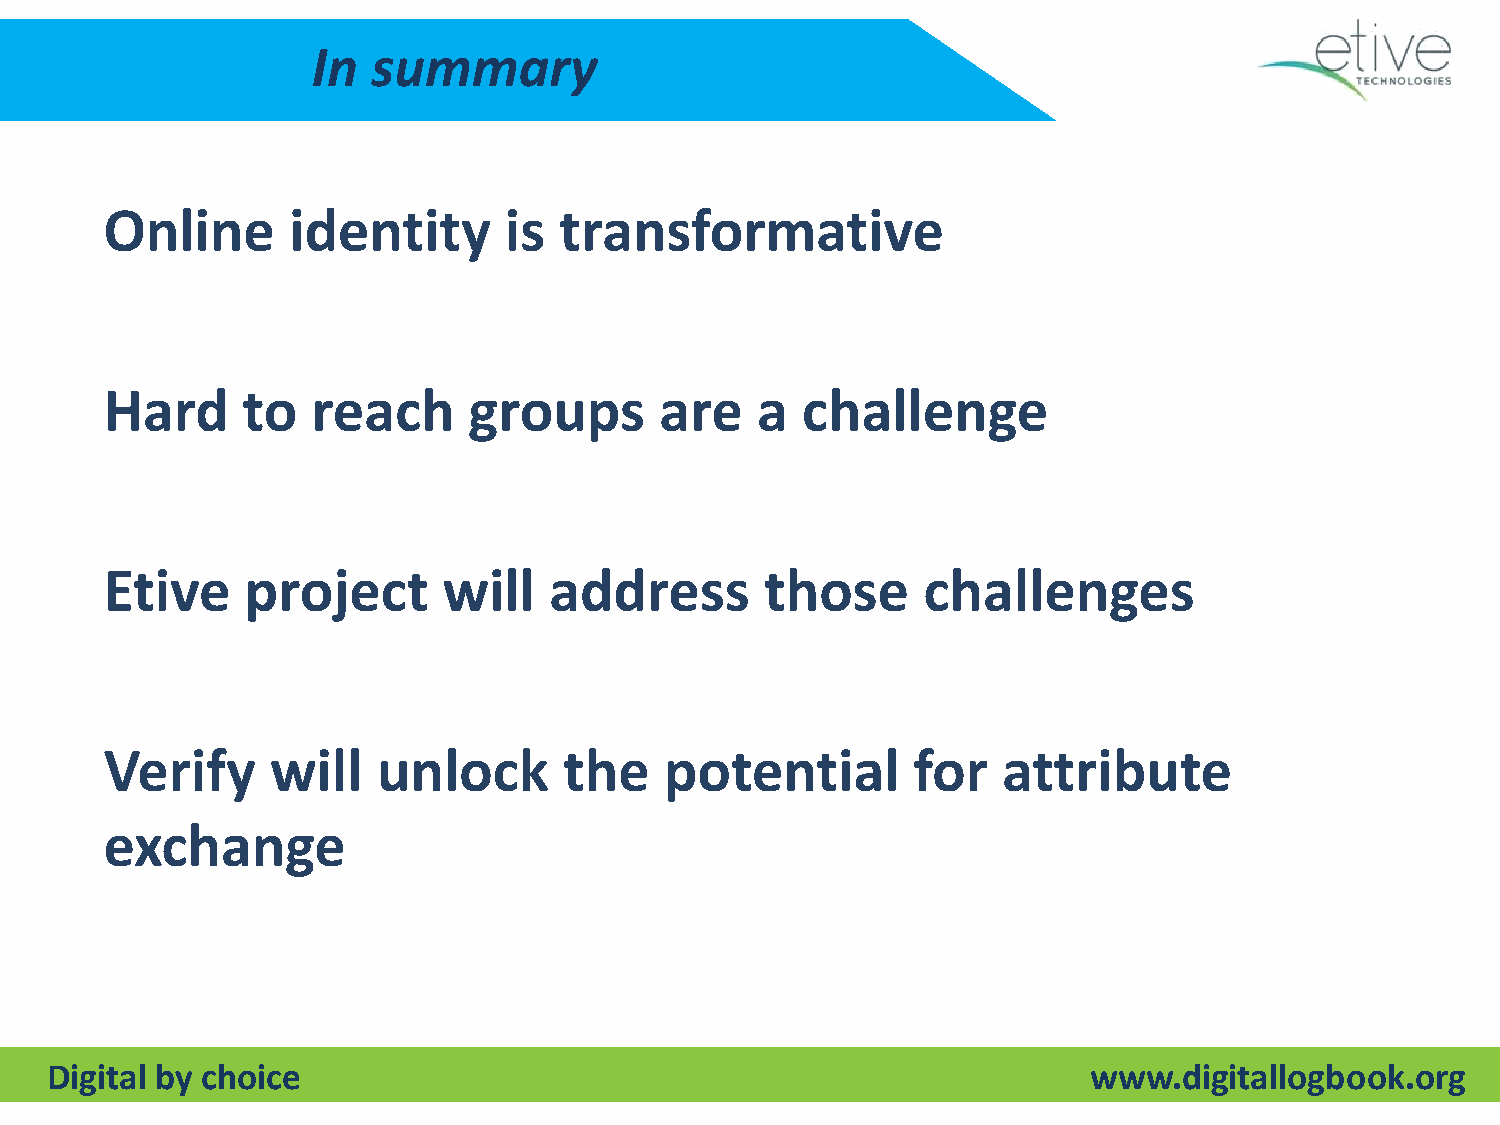
In  summary
 Online      identity      is  transformative
 Hard     to   reach     groups       are   a  challenge
 Etive    project      will   address        those     challenges
 Verify     will   unlock      the    potential       for   attribute
 exchange
 Digital by choice                                                    www.digitallogbook.org